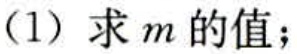
（1）求\(m\)的值；